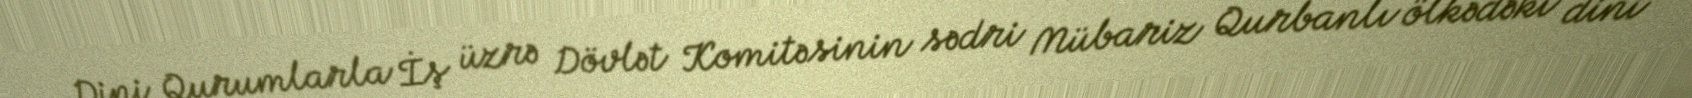
Dini Qurumlarla İş üzrə Dövlət Komitəsinin sədri Mübariz Qurbanlı ölkədəki dini